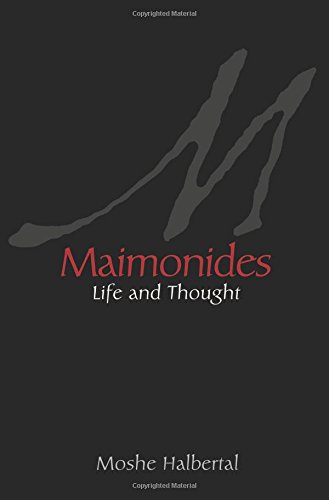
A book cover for Maimonides: Life and Thought; Moshe Halbertal; Biographies & Memoirs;